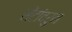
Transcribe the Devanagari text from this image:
सेंटांवरुन